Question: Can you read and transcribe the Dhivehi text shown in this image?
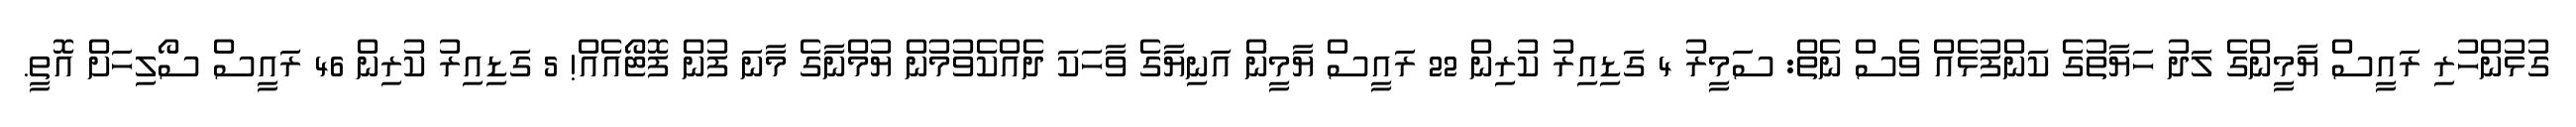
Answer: ގުޅުންހުރި ރައީސް ޔާމީންގެ ލަދު ހަޔާތުގެ ކަންފުޅެއް ވެސް ނެތް: ސަމީރު 4 ގަޑިއިރު ކުރިން 22 ރައީސް ޔާމީން އަނިޔާގެ ވާހަކަ ދެއްކެވުމުން ޔުމްނާގެ މާނަ ފުން ފޮޓޯއެއް! 5 ގަޑިއިރު ކުރިން 46 ރައީސް ސޯލިހަށް އޮތީ.